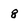
Character: 8